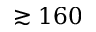
\gtrsim 1 6 0